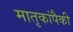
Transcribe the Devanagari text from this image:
मातृकांपैकी